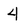
Character: 4